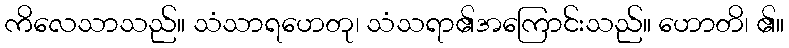
ကိလေသာသည်။ သံသာရဟေတု၊ သံသရာ၏အကြောင်းသည်။ ဟောတိ၊ ၏။